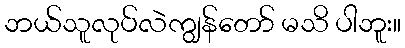
ဘယ်သူလုပ်လဲကျွန်တော် မသိ ပါဘူး။